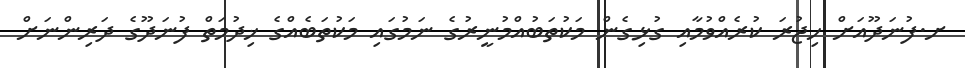
ށ.ފުނަދޫއަށް ހިޖުރަ ކުރެއްވުމާއި ގުޅިގެން މަކުތަބުއްމުނީރުގެ ނަމުގައި މަކުތަބެއްގެ ޚިދުމަތް ފުނަދޫގެ ދަރިންނަށް